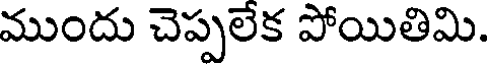
ముందు చెప్పలేక పోయితిమి.